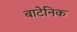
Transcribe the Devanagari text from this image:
बाटेनिक